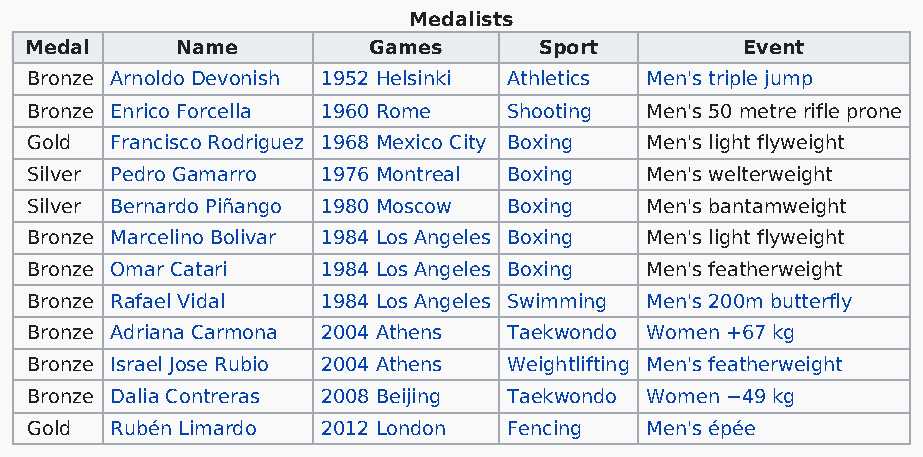
Medalists
 Medal     Name        Games       Sport        Event
 Bronze Arnoldo Devonish 1952 Helsinki Athletics Men's triple jump
 Bronze Enrico Forcella 1960 Rome Shooting Men's 50 metre rifle prone
 Gold Francisco Rodriguez 1968 Mexico City Boxing Men's light flyweight
 Silver Pedro Gamarro 1976 Montreal Boxing Men's welterweight
 Silver Bernardo Piñango 1980 Moscow Boxing Men's bantamweight
 Bronze Marcelino Bolivar 1984 Los Angeles Boxing Men's light flyweight
 Bronze Omar Catari 1984 Los Angeles Boxing Men's featherweight
 Bronze Rafael Vidal 1984 Los Angeles Swimming Men's 200m butterfly
 Bronze Adriana Carmona 2004 Athens Taekwondo Women +67 kg
 Bronze Israel Jose Rubio 2004 Athens Weightlifting Men's featherweight
 Bronze Dalia Contreras 2008 Beijing Taekwondo Women −49 kg
 Gold Rubén Limardo 2012 London  Fencing  Men's épée